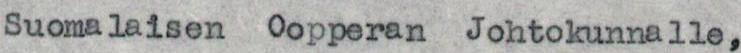
Suomalaisen Oopperan Johtokunnalle,